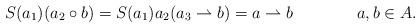
LaTeX: \begin{align*}&S(a_1)(a_2\circ b)=S(a_1)a_2(a_3\rightharpoonup b)=a\rightharpoonup b&a,b\in A.\end{align*}